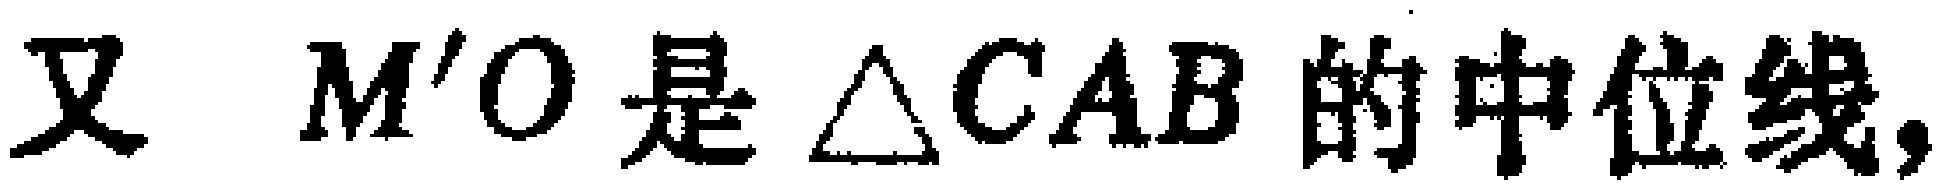
又 \(M'O\) 是 \(\triangle CAB\) 的中位线，